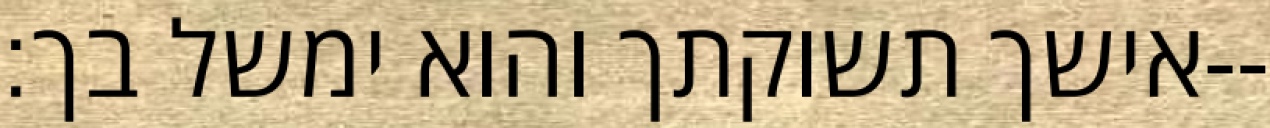
אישך תשוקתך והוא ימשל בך׃--